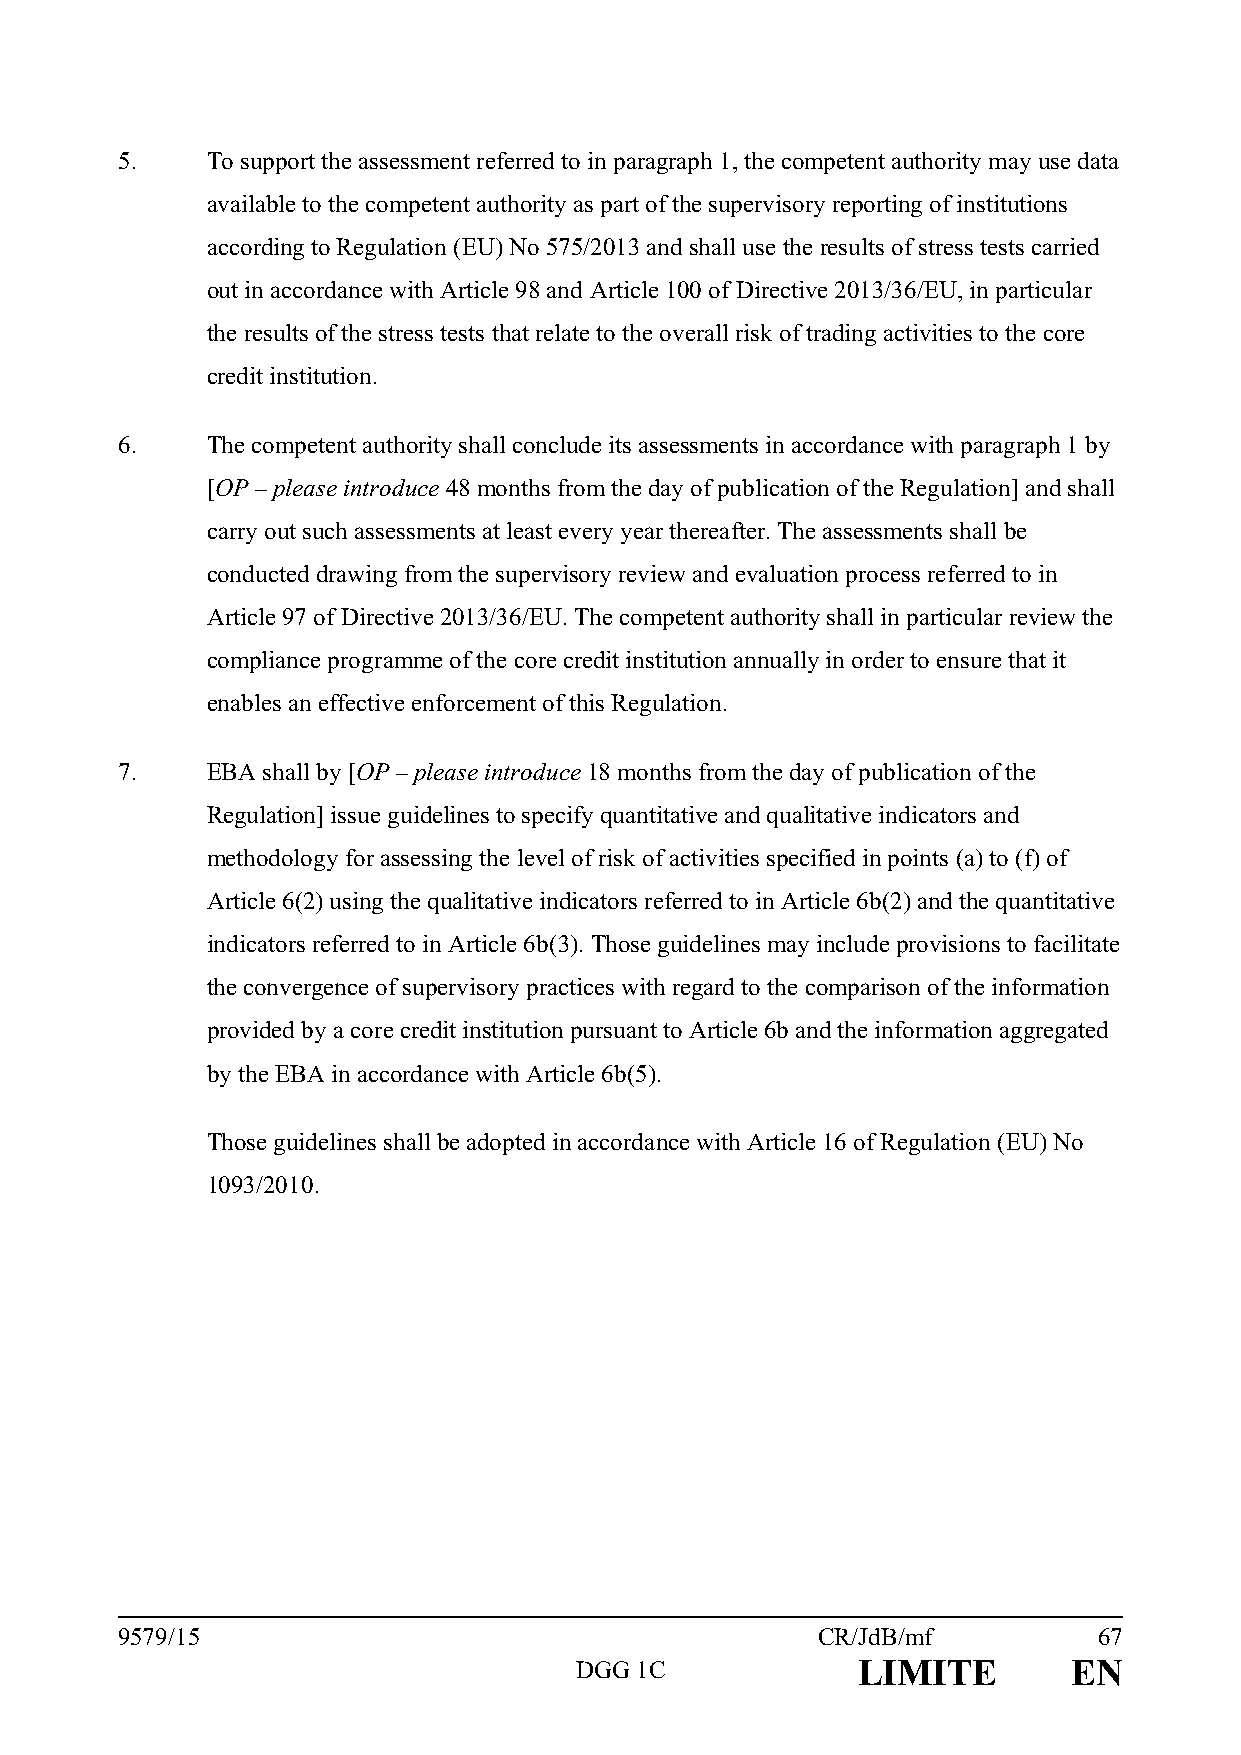
5.    To support the assessment referred to in paragraph 1, the competent authority may use data
 available to the competent authority as part of the supervisory reporting of institutions
 according to Regulation (EU) No 575/2013 and shall use the results of stress tests carried
 out in accordance with Article 98 and Article 100 of Directive 2013/36/EU, in particular
 the results of the stress tests that relate to the overall risk of trading activities to the core
 credit institution.
 6.    The competent authority shall conclude its assessments in accordance with paragraph 1 by
 [OP – please introduce 48 months from the day of publication of the Regulation] and shall
 carry out such assessments at least every year thereafter. The assessments shall be
 conducted drawing from the supervisory review and evaluation process referred to in
 Article 97 of Directive 2013/36/EU. The competent authority shall in particular review the
 compliance programme of the core credit institution annually in order to ensure that it
 enables an effective enforcement of this Regulation.
 7.    EBA shall by [OP – please introduce 18 months from the day of publication of the
 Regulation] issue guidelines to specify quantitative and qualitative indicators and
 methodology for assessing the level of risk of activities specified in points (a) to (f) of
 Article 6(2) using the qualitative indicators referred to in Article 6b(2) and the quantitative
 indicators referred to in Article 6b(3). Those guidelines may include provisions to facilitate
 the convergence of supervisory practices with regard to the comparison of the information
 provided by a core credit institution pursuant to Article 6b and the information aggregated
 by the EBA in accordance with Article 6b(5).
 Those guidelines shall be adopted in accordance with Article 16 of Regulation (EU) No
 1093/2010.
 9579/15                                       CR/JdB/mf          67
 DGG 1C             LIMITE        EN